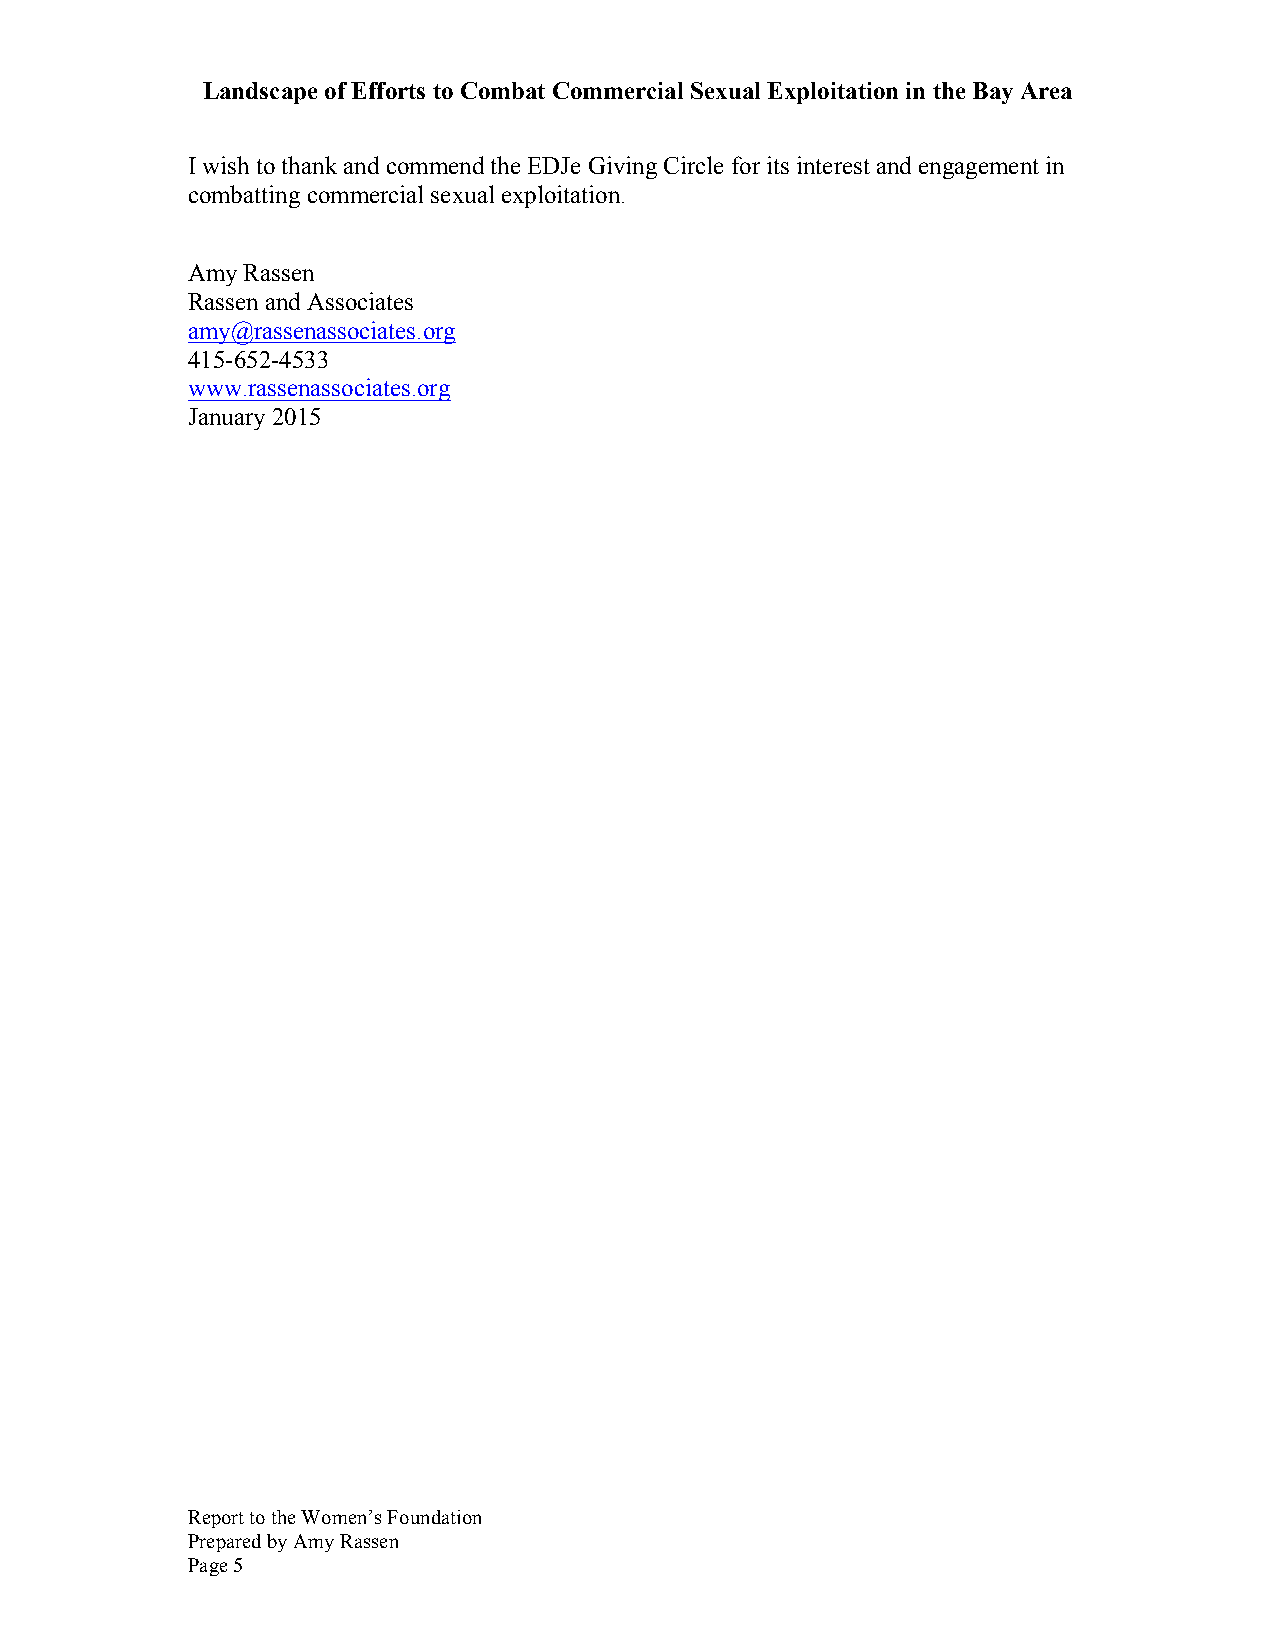
Landscape of Efforts to Combat Commercial Sexual Exploitation in the Bay Area
 I wish to thank and commend the EDJe Giving Circle for its interest and engagement in
 combatting commercial sexual exploitation.
 Amy Rassen
 Rassen and Associates
 amy@rassenassociates.org
 415-652-4533
 www.rassenassociates.org
 January 2015
 Report to the Women’s Foundation
 Prepared by Amy Rassen
 Page 5